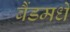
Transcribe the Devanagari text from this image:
बैंडमधे